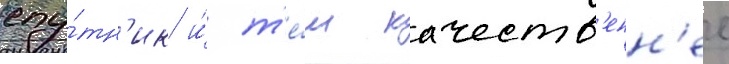
спу́тн'ик и́ т'е́м качеств'енн'ее